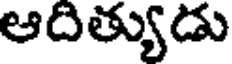
ఆదిత్యుడు